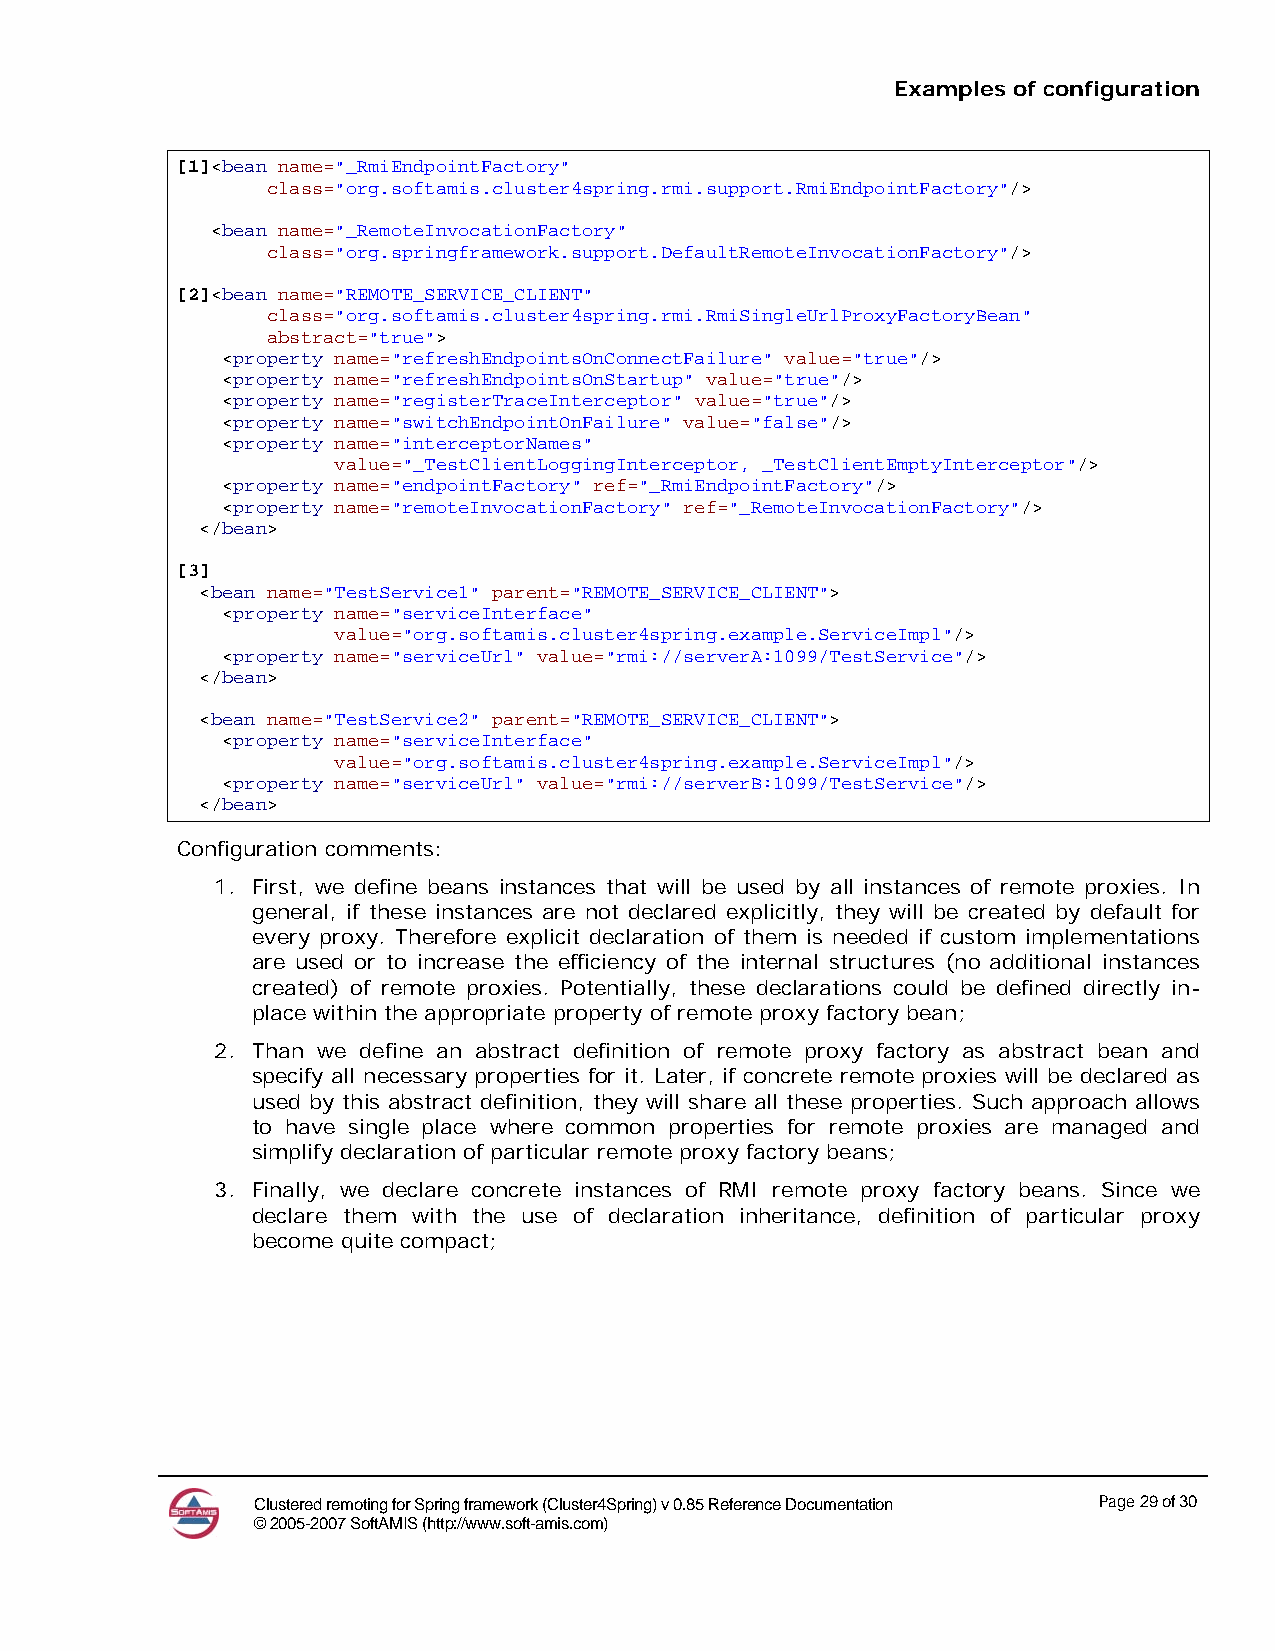
Examples of configuration
 [1]<bean name="_RmiEndpointFactory"
 class="org.softamis.cluster4spring.rmi.support.RmiEndpointFactory"/>
 <bean name="_RemoteInvocationFactory"
 class="org.springframework.support.DefaultRemoteInvocationFactory"/>
 [2]<bean name="REMOTE_SERVICE_CLIENT"
 class="org.softamis.cluster4spring.rmi.RmiSingleUrlProxyFactoryBean"
 abstract="true">
 <property name="refreshEndpointsOnConnectFailure" value="true"/>
 <property name="refreshEndpointsOnStartup" value="true"/>
 <property name="registerTraceInterceptor" value="true"/>
 <property name="switchEndpointOnFailure" value="false"/>
 <property name="interceptorNames"
 value="_TestClientLoggingInterceptor, _TestClientEmptyInterceptor"/>
 <property name="endpointFactory" ref="_RmiEndpointFactory"/>
 <property name="remoteInvocationFactory" ref="_RemoteInvocationFactory"/>
 </bean>
 [3]
 <bean name="TestService1" parent="REMOTE_SERVICE_CLIENT">
 <property name="serviceInterface"
 value="org.softamis.cluster4spring.example.ServiceImpl"/>
 <property name="serviceUrl" value="rmi://serverA:1099/TestService"/>
 </bean>
 <bean name="TestService2" parent="REMOTE_SERVICE_CLIENT">
 <property name="serviceInterface"
 value="org.softamis.cluster4spring.example.ServiceImpl"/>
 <property name="serviceUrl" value="rmi://serverB:1099/TestService"/>
 </bean>
 Configuration comments:
 1. First, we define beans instances that will be used by all instances of remote proxies. In
 general, if these instances are not declared explicitly, they will be created by default for
 every proxy. Therefore explicit declaration of them is needed if custom implementations
 are used or to increase the efficiency of the internal structures (no additional instances
 created) of remote proxies. Potentially, these declarations could be defined directly in-
 place within the appropriate property of remote proxy factory bean;
 2. Than we define an abstract definition of remote proxy factory as abstract bean and
 specify all necessary properties for it. Later, if concrete remote proxies will be declared as
 used by this abstract definition, they will share all these properties. Such approach allows
 to have single place where common properties for remote proxies are managed and
 simplify declaration of particular remote proxy factory beans;
 3. Finally, we declare concrete instances of RMI remote proxy factory beans. Since we
 declare them with the use of declaration inheritance, definition of particular proxy
 become quite compact;
 Clustered remoting for Spring framework (Cluster4Spring) v 0.85 Reference Documentation Page 29 of 30
 © 2005-2007 SoftAMIS (http://www.soft-amis.com)